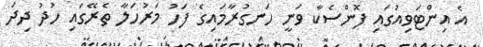
އެ އިންޓަވިއުގައި ފޮންސެކާ ވަނީ ހަނގުރާމައިގެ ފަހު މަރުހަލާ ތެރޭގައި ހުދު ދިދަ